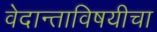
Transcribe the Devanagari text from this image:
वेदान्ताविषयीचा